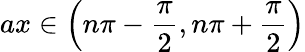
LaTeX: ax\in\left(n\pi-{\frac{\pi}{2}},n\pi+{\frac{\pi}{2}}\right)